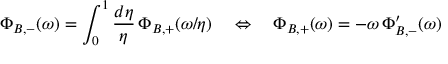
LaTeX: \Phi _ { B , - } ( \omega ) = \int _ { 0 } ^ { 1 } \frac { d \eta } { \eta } \, \Phi _ { B , + } ( \omega / \eta ) \quad \Leftrightarrow \quad \Phi _ { B , + } ( \omega ) = - \omega \, \Phi _ { B , - } ^ { \prime } ( \omega )